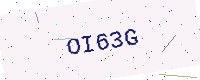
Text: OI63G